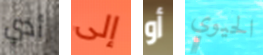
أدي إلى أو الحيوي